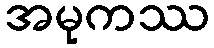
အမုကဿ